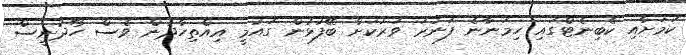
ކަމަށާއި ކެބިނެޓްގައި ހިމަނާނެ ފަނަރަ ވަރަކަށް ބޭފުޅުން ގައުމީ އިއްތިހާދުން ވެސް ހޯދުނީސް